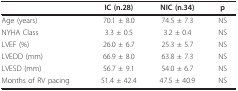
<table><thead><tr><td></td><td><b>IC (n.28)</b></td><td><b>NIC (n.34)</b></td><td><b>p</b></td></tr></thead><tbody><tr><td>Age (years)</td><td>70.1 ± 8.0</td><td>74.5 ± 7.3</td><td>NS</td></tr><tr><td>NYHA Class</td><td>3.3 ± 0.5</td><td>3.2 ± 0.4</td><td>NS</td></tr><tr><td>LVEF (%)</td><td>26.0 ± 6.7</td><td>25.3 ± 5.7</td><td>NS</td></tr><tr><td>LVEDD (mm)</td><td>66.9 ± 8.0</td><td>63.8 ± 7.3</td><td>NS</td></tr><tr><td>LVESD (mm)</td><td>56.7 ± 9.1</td><td>54.0 ± 6.7</td><td>NS</td></tr><tr><td>Months of RV pacing</td><td>51.4 ± 42.4</td><td>47.5 ± 40.9</td><td>NS</td></tr></tbody></table>